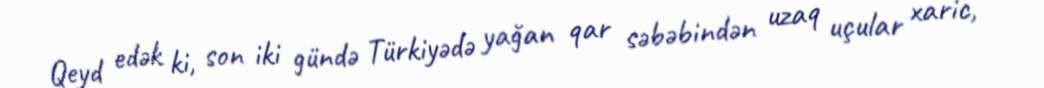
Qeyd edək ki, son iki gündə Türkiyədə yağan qar səbəbindən uzaq uçular xaric,